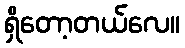
ရှိတော့တယ်လေ။